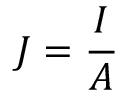
J = { \frac { I } { A } } \,